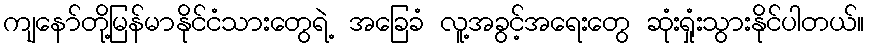
ကျနော်တို့မြန်မာနိုင်ငံသားတွေရဲ့ အခြေခံ လူ့အခွင့်အရေးတွေ ဆုံးရှုံးသွားနိုင်ပါတယ်။